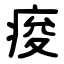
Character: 痠